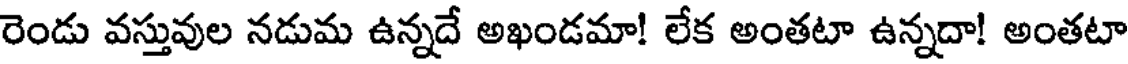
రెండు వస్తువుల నడుమ ఉన్నదే అఖండమా! లేక అంతటా ఉన్నదా! అంతటా